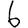
Digit: 6